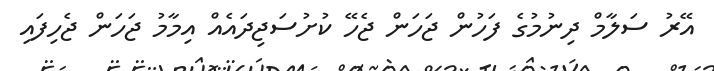
އޭރު ސަލާމް ދިނުމުގެ ފަހުން ޖަހަން ޖެހޭ ކުށުސަޖިދައެއް އިމާމު ޖަހަން ޖެހިފައި